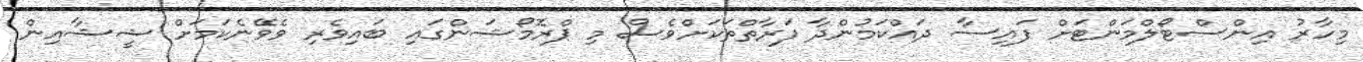
މިހާރު އިންސްޓޯލްމަންޓަށް ފައިސާ ދައްކަމުންދާ ފަރާތްތަކަށްވެސް މި ޕްރޮމޯޝަންގައި ބައިވެރި ވެވޭނެކަމަށް ޝީޝާއިން